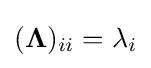
({\boldsymbol {\Lambda }})_{ii}=\lambda _{i}